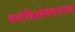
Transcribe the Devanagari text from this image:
मनोविश्लेषणशास्त्र